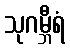
သုဂမ္ဘီရံ